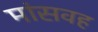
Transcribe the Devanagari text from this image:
मांसवह